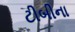
ટીબીના